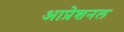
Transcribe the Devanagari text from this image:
आप्रेशनल